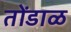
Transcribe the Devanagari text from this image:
तोंडाळ